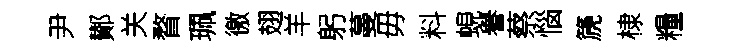
尹鄼关瞀珮徼翅羊躬蔓毋料蜆譽蔡惱篪棣糧